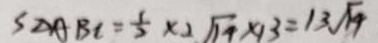
S _ { \Delta A B C } = \frac { 1 } { 2 } \times 2 \sqrt { 1 4 } \times 1 3 = 1 3 \sqrt { 1 4 }